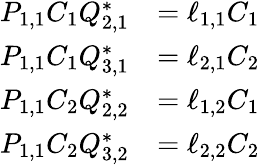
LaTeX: \begin{array}{rl}{P_{1,1}C_{1}Q_{2,1}^{*}}&{=\ell_{1,1}C_{1}}\\ {P_{1,1}C_{1}Q_{3,1}^{*}}&{=\ell_{2,1}C_{2}}\\ {P_{1,1}C_{2}Q_{2,2}^{*}}&{=\ell_{1,2}C_{1}}\\ {P_{1,1}C_{2}Q_{3,2}^{*}}&{=\ell_{2,2}C_{2}}\end{array}